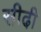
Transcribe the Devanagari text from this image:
सीढी़